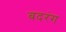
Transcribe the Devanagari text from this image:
बदरंग